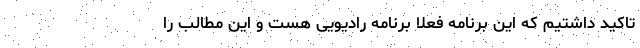
تاکید داشتیم که این برنامه فعلا برنامه رادیویی هست و این مطالب را